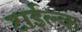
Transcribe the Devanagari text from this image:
टाईल्क